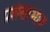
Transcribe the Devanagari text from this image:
प्रशंसाभाव